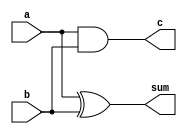
module half_adder(
    input a, b, 
    output sum, c 
    );    
    
    xor U1(sum, a, b);
    and U2(c, a, b);
    
endmodule

//--------------------------------------------------------------------
module FA(
    input a, b, cin, 
    output sum, cout
    );

    wire w1, w2, w3;
    half_adder HF1(a, b, w1, w2);
    half_adder HF2(cin, w1, sum, w3);
    or U1(cout, w2, w3);
    
endmodule

//--------------------------------------------------------------------
//Full Adder
module FA_16bit(
    input [15:0] a, b, 
    input cin, 
    
    output [15:0] sum, 
    output cout
    );

    wire w1, w2, w3, w4, w5, w6, w7, w8, w9, w10, w11, w12, w13, w14, w15;
    FA F0  (a[0], b[0], cin, sum[0], w1);
    FA F1  (a[1], b[1], w1, sum[1], w2);
    FA F2  (a[2], b[2], w2, sum[2], w3);
    FA F3  (a[3], b[3], w3, sum[3], w4);
    FA F4  (a[4], b[4], w4, sum[4], w5);
    FA F5  (a[5], b[5], w5, sum[5], w6);
    FA F6  (a[6], b[6], w6, sum[6], w7);
    FA F7  (a[7], b[7], w7, sum[7], w8);
    FA F8  (a[8], b[8], w8, sum[8], w9);
    FA F9  (a[9], b[9], w9, sum[9], w10);
    FA F10 (a[10], b[10], w10, sum[10], w11);
    FA F11 (a[11], b[11], w11, sum[11], w12);
    FA F12 (a[12], b[12], w12, sum[12], w13);
    FA F13 (a[13], b[13], w13, sum[13], w14);
    FA F14 (a[14], b[14], w14, sum[14], w15);
    FA F15 (a[15], b[15], w15, sum[15], cout);
        
endmodule 

//-----------------------------------------------------------------------
//multiplier
module multiplier(
    input [15:0] a, b, 
    output [31:0] product
    );

    reg [31:0] S0;
    reg [31:0] S1;

    integer i;
    always @(a,b) begin
        S0 ={16'b0, a[15:0]};     //S0=32'b0;
        S1 = 32'b0;
    for(i=0;i<16;i=i+1) begin
        if(b[i] == 1)
            S1=S1+S0;           //add based on multiplier bit
        else
            S1=S1;
            S0={S0[30:0],1'b0}; //shift in each iteration
        end
    end
    
    assign product=S1[31:0];

endmodule


//------------------------------------------------------------------------
module FS(
    input a, b, bin, 
    output diff, bout
    );

    wire an, w0, w0not, w1, w2;
    not n1(an, a);
    not n2(w0not, w0);
    xor x1(w0, a, b);
    and a1(w1, an, b);
    xor x2(diff, w0, bin);
    and a2(w2, w0not, bin);
    or  o1(bout, w2, w1);

endmodule 

//------------------------------------------------------------------------
//Full Subtractor
module FS_16bit(
    input [15:0]a, b, 
    input bin, 
    
    output [15:0] diff, 
    output bout    
    );
    
    wire w1, w2, w3, w4, w5, w6, w7, w8, w9, w10, w11, w12, w13, w14, w15;
    FS F0  (a[0], b[0], bin, diff[0], w1);
    FS F1  (a[1], b[1], w1, diff[1], w2);
    FS F2  (a[2], b[2], w2, diff[2], w3);
    FS F3  (a[3], b[3], w3, diff[3], w4);
    FS F4  (a[4], b[4], w4, diff[4], w5);
    FS F5  (a[5], b[5], w5, diff[5], w6);
    FS F6  (a[6], b[6], w6, diff[6], w7);
    FS F7  (a[7], b[7], w7, diff[7], w8);
    FS F8  (a[8], b[8], w8, diff[8], w9);
    FS F9  (a[9], b[9], w9, diff[9], w10);
    FS F10 (a[10], b[10], w10, diff[10], w11);
    FS F11 (a[11], b[11], w11, diff[11], w12);
    FS F12 (a[12], b[12], w12, diff[12], w13);
    FS F13 (a[13], b[13], w13, diff[13], w14);
    FS F14 (a[14], b[14], w14, diff[14], w15);
    FS F15 (a[15], b[15], w15, diff[15], bout);    
    
endmodule

//-------------------------------------------------------------------------
//Shift Register
module shiftRegA
  (
    input [15:0] a,
    output [15:0] shift    
  );
  
    assign shift = a >> 1; 
  
endmodule
  
//---------------------------------------------------------------------------
/*
    S0 S1  ALU OP
    0  0   Addition
    0  1   Subtraction 
    1  0   Multiplication
    1  1   Shift Right 
    
    SW switches 1 and 2 should represent S0 and S1. Use SW switch 4 as reset.
    GPIO LEDs should be used to indicate the ALU Operation called.
  
    Store initial values in memory. Display answers in seven-segment display units.
    
*/

module ALU(
    input [15:0] SW,
    input [15:0] a, b,
    
    input cin, bin,
    
    output [6:0] a_to_g,
    output [7:0] an,
    output [8:0] LED,
    output reg caout,          //cout and bout connecting here.
    output reg [31:0] aluout   //wires of the modules connecting to this output reg.
    //input CLK100MHZ
    );
    
    wire cout, bout;
    wire [15:0] sum, diff, shift;
    wire [31:0] product;
    
    reg [15:0] result;
    
    
    FA_16bit   U1(a, b, cin, sum, cout);
    FS_16bit   U2(a, b, bin, diff, bout);
    shiftRegA  U3(a, shift);
    multiplier U4(a, b, product);
    
    assign LED[2:1] = SW[2:1];
    assign LED[4]   = SW[4]; 
        
    always @(SW[2:1], shift, product, sum, diff) begin
        case(SW[2:1])
            2'b00: begin aluout = sum;  caout = cout; end
            2'b01: begin aluout = diff; caout = bout; end
            2'b10: aluout = product;
            2'b11: aluout = shift;
        endcase
    end
    
    always @(SW[4]) begin
        case(SW[4])
            1'b1: aluout    = 16'h0000;
            default: aluout = 16'h0000;
        endcase
    end
     
    /*    
    assign an[0]   = 0;
    assign an[7:1] = 7'b1111111;
    assign a_to_g  = LED[6:0];
    */   
endmodule